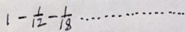
1 - \frac { 1 } { 1 2 } - \frac { 1 } { 1 8 } \cdots